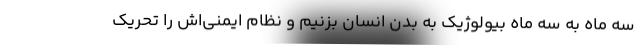
سه ماه به سه ماه بیولوژیک به بدن انسان بزنیم و نظام ایمنی‌اش را تحریک